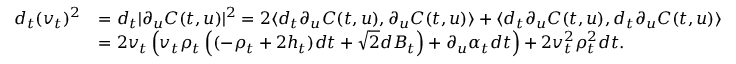
\begin{array} { r l } { d _ { t } ( v _ { t } ) ^ { 2 } } & { = d _ { t } \vert \partial _ { u } C ( t , u ) \vert ^ { 2 } = 2 \langle d _ { t } \partial _ { u } C ( t , u ) , \partial _ { u } C ( t , u ) \rangle + \langle d _ { t } \partial _ { u } C ( t , u ) , d _ { t } \partial _ { u } C ( t , u ) \rangle } \\ & { = 2 v _ { t } \left( v _ { t } \rho _ { t } \left( ( - \rho _ { t } + 2 h _ { t } ) d t + \sqrt { 2 } d B _ { t } \right) + \partial _ { u } \alpha _ { t } d t \right) + 2 v _ { t } ^ { 2 } \rho _ { t } ^ { 2 } d t . } \end{array}